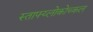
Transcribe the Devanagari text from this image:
स्ताफ्य्लोकोच्कल